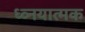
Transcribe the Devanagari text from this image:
ध्व्नयात्मक